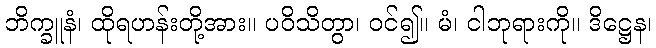
ဘိက္ခူနံ၊ ထိုရဟန်းတို့အား။ ပဝိသိတွာ၊ ဝင်၍။ မံ၊ ငါဘုရားကို။ ဒိဋ္ဌေန၊